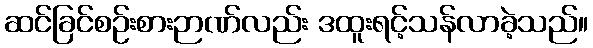
ဆင်ခြင်စဉ်းစားဉာဏ်လည်း ဒထူးရင့်သန်လာခဲ့သည်။